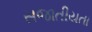
સજાતીયતા